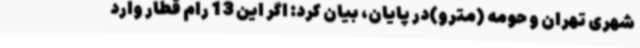
شهری تهران و حومه (مترو)در پایان، بیان کرد: اگر این 13 رام قطار وارد